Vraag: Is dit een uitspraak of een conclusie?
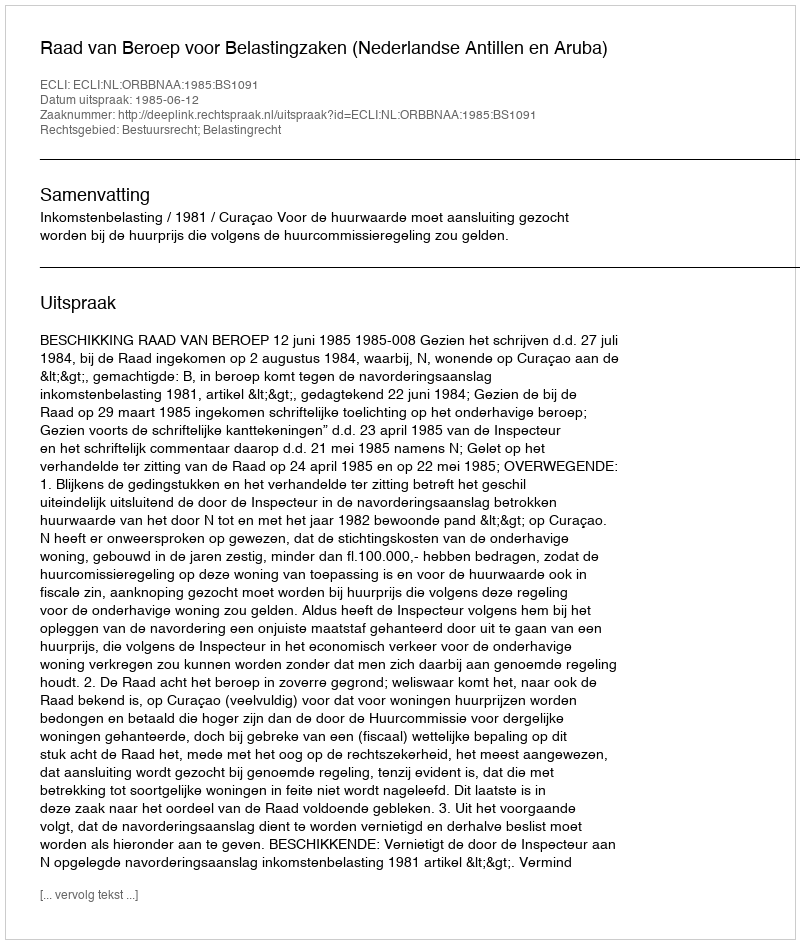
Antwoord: Uitspraak